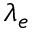
\lambda _ { e }